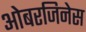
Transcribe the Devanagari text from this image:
ओबरजिनेस